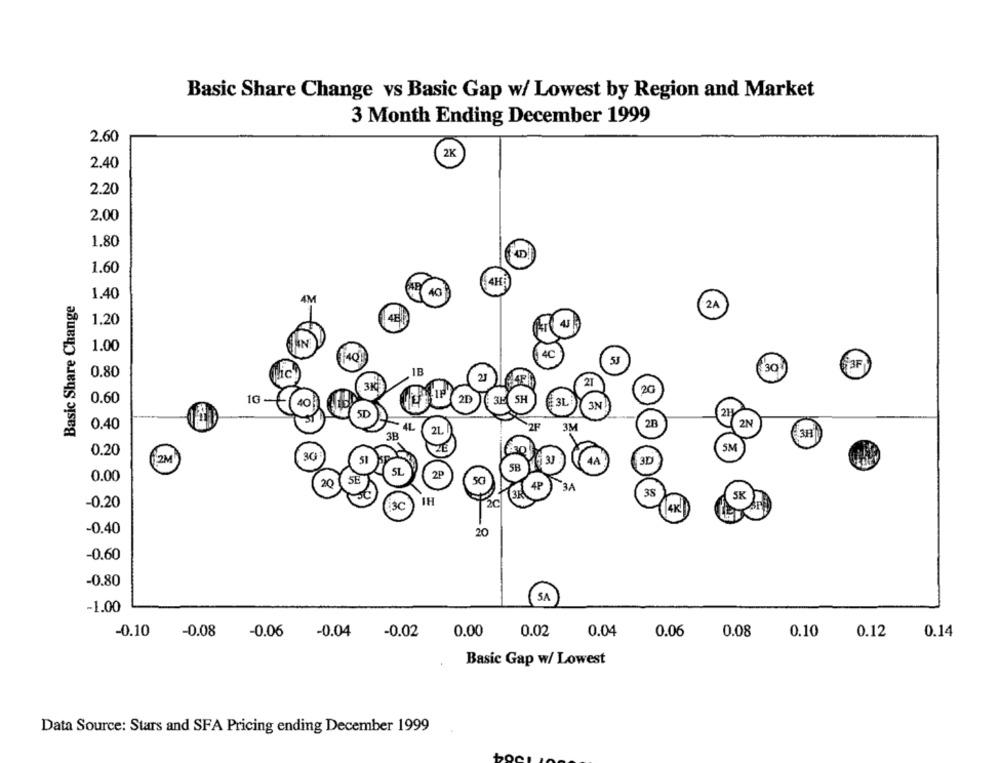
Basic Share Change vs Basic Gap w/ Lowest by Region and Market
3 Month Ending December 1999
2.60
2K
2.40
2.20
2.00
1.80
1.60
40
Basic Share Change
1.40
2A
1.20
IN
1.00
40
0.80
IC
1B
30
2
21
3K
20
0.60
20
1G
40
3E
SH
3L
3N
5D
21
0.40
4L
2F
3M
2B
2N
3B
21
3H
0.20
:30
5M
2M)
51
5B
3D
SL
2P
0.00
SE
5G
20
4P
3.A
3S
SK
-0.20
IH
20
-0.40
20
-0.60
-0.80
( SA
-1.00
-0.10
-0.08
-0.04
-0.02
0.00
0.02
0.04
0.06
0.10
0.12
0.14
-0.06
0.08
Basic Gap w/ Lowest
Data Source: Stars and SFA Pricing ending December 1999